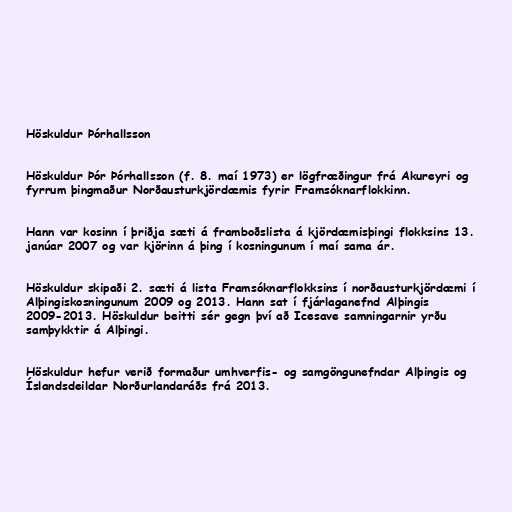
Höskuldur Þórhallsson

Höskuldur Þór Þórhallsson (f. 8. maí 1973) er lögfræðingur frá Akureyri og
fyrrum þingmaður Norðausturkjördæmis fyrir Framsóknarflokkinn.

Hann var kosinn í þriðja sæti á framboðslista á kjördæmisþingi flokksins 13.
janúar 2007 og var kjörinn á þing í kosningunum í maí sama ár.

Höskuldur skipaði 2. sæti á lista Framsóknarflokksins í norðausturkjördæmi í
Alþingiskosningunum 2009 og 2013. Hann sat í fjárlaganefnd Alþingis
2009-2013. Höskuldur beitti sér gegn því að Icesave samningarnir yrðu
samþykktir á Alþingi.

Höskuldur hefur verið formaður umhverfis- og samgöngunefndar Alþingis og
Íslandsdeildar Norðurlandaráðs frá 2013.